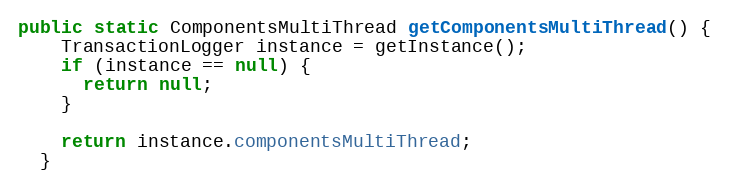
Language: Java
public static ComponentsMultiThread getComponentsMultiThread() {
    TransactionLogger instance = getInstance();
    if (instance == null) {
      return null;
    }

    return instance.componentsMultiThread;
  }